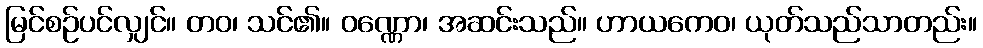
မြင်စဉ်ပင်လျှင်။ တဝ၊ သင်၏။ ဝဏ္ဏော၊ အဆင်းသည်။ ဟာယကေဝ၊ ယုတ်သည်သာတည်း။